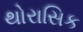
થોરાસિક